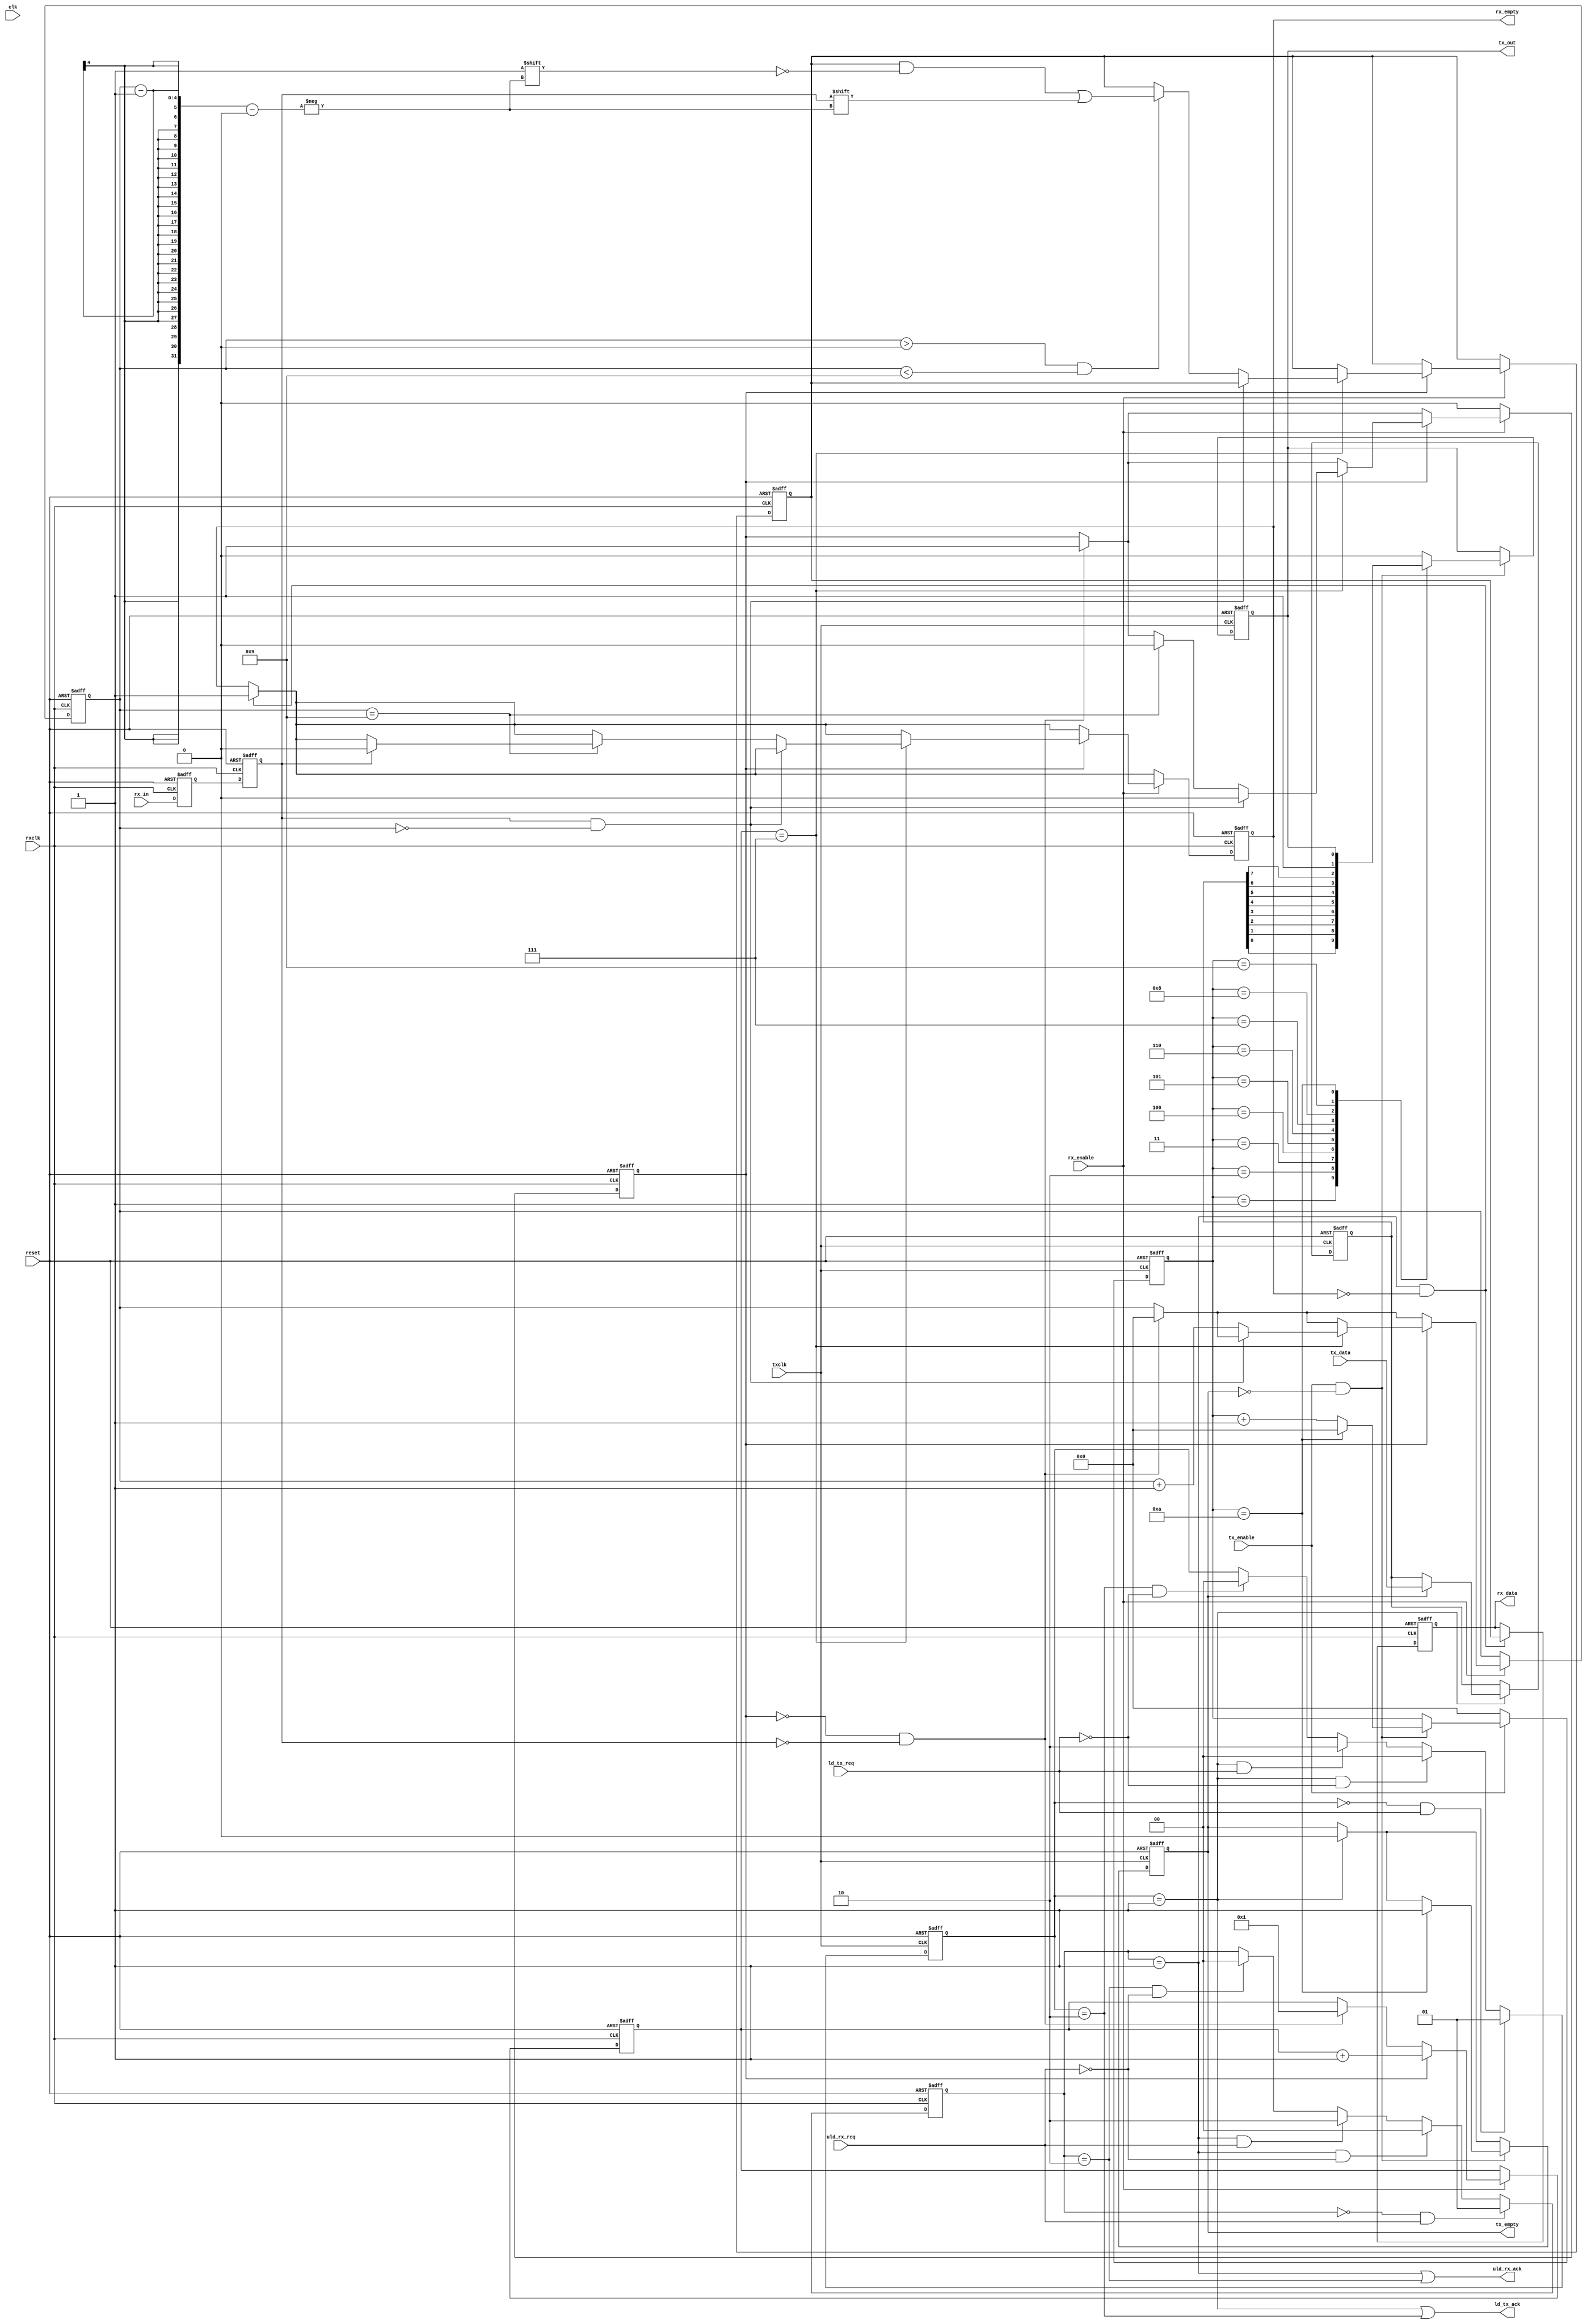
`ifndef fake_uart
// uart.v
// simple low speed async uart for RS-232
// brad@heeltoe.com 2009

module uart(clk, reset,
	    txclk, ld_tx_req, ld_tx_ack, tx_data, tx_enable, tx_out, tx_empty,
	    rxclk, uld_rx_req, uld_rx_ack, rx_data, rx_enable, rx_in, rx_empty);
   
   input        clk;
   input        reset;
   input        txclk;
   input        ld_tx_req;
   output 	ld_tx_ack;
   input [7:0] 	tx_data;
   input        tx_enable;
   output       tx_out;
   output       tx_empty;
   input        rxclk;
   input        uld_rx_req;
   output 	uld_rx_ack;
   output [7:0] rx_data;
   input        rx_enable;
   input        rx_in;
   output       rx_empty;

   reg [7:0] 	tx_reg;
   reg          tx_empty;
   reg          tx_over_run;
   reg [3:0] 	tx_cnt;
   reg          tx_out;
   reg [7:0] 	rx_reg;
   reg [7:0] 	rx_data;
   reg [3:0] 	rx_sample_cnt;
   reg [3:0] 	rx_cnt;  
   reg          rx_frame_err;
   reg          rx_over_run;
   reg          rx_empty;
   reg          rx_d1;
   reg          rx_d2;
   reg          rx_busy;

   //
   reg [1:0]	rx_uld;
   wire [1:0] 	rx_uld_next;
   wire 	uld_rx_data;
   
   reg [1:0]	tx_ld;
   wire [1:0] 	tx_ld_next;
   wire 	ld_tx_data;

   // require uld_rx_req to deassert before sending next char
   always @(posedge rxclk or posedge reset)
     if (reset)
       rx_uld <= 2'b00;
     else
       rx_uld <= rx_uld_next;

   assign rx_uld_next =
		      (rx_uld == 0 && uld_rx_req) ? 1 :
		      (rx_uld == 1 && ~uld_rx_req) ? 0 :
		      (rx_uld == 1 && uld_rx_req) ? 2 :
		      (rx_uld == 2 && ~uld_rx_req) ? 0 :
		       rx_uld;

   assign uld_rx_ack = (rx_uld == 1) || (rx_uld == 2);
   assign uld_rx_data = (rx_uld == 1);
   
   // require tx_ld_req to deassert before accepting next char
   always @(posedge txclk or posedge reset)
     if (reset)
       tx_ld <= 2'b00;
     else
       tx_ld <= tx_ld_next;

   assign tx_ld_next =
		      (tx_ld == 0 && ld_tx_req) ? 1 :
		      (tx_ld == 1 && ~ld_tx_req) ? 0 : /* only load once */
		      (tx_ld == 1 && ld_tx_req) ? 2 :
		      (tx_ld == 2 && ~ld_tx_req) ? 0 :
		      tx_ld;

   assign ld_tx_ack = (tx_ld == 1) || (tx_ld == 2);
   assign ld_tx_data = (tx_ld == 1);
   
   
   // uart rx
   always @(posedge rxclk or posedge reset)
     if (reset)
       begin
	  rx_reg <= 0; 
	  rx_data <= 0;
	  rx_sample_cnt <= 0;
	  rx_cnt <= 0;
	  rx_frame_err <= 0;
	  rx_over_run <= 0;
	  rx_empty <= 1;
	  rx_d1 <= 1;
	  rx_d2 <= 1;
	  rx_busy <= 0;
       end
     else
       begin
	  // synchronize the asynch signal
	  rx_d1 <= rx_in;
	  rx_d2 <= rx_d1;

	  // uload the rx data
	  if (uld_rx_data && ~rx_empty)
	    begin
	       rx_data <= rx_reg;
	       rx_empty <= 1;
	  end

	  // receive data only when rx is enabled
	  if (rx_enable)
	    begin
	       // check if just received start of frame
	       if (!rx_busy && !rx_d2)
		 begin
		    rx_busy <= 1;
		    rx_sample_cnt <= 1;
		    rx_cnt <= 0;
		 end
	       
	       // start of frame detected
	       if (rx_busy)
		 begin
		    rx_sample_cnt <= rx_sample_cnt + 4'd1;
		    
		    // sample at middle of data
		    if (rx_sample_cnt == 7)
		      begin
			 if ((rx_d2 == 1) && (rx_cnt == 0))
			   rx_busy <= 0;
			 else
			   begin
			      rx_cnt <= rx_cnt + 4'd1; 

			      // start storing the rx data
			      if (rx_cnt > 0 && rx_cnt < 9)
				   rx_reg[rx_cnt - 1] <= rx_d2;

			      if (rx_cnt == 4'd9)
				begin
				   //$display("rx_cnt %d, rx_reg %o",
				   //  rx_cnt, rx_reg);
				   
				   rx_busy <= 0;

				   // check if end of frame received correctly
				   if (rx_d2 == 0)
				     rx_frame_err <= 1;
				   else
				     begin
					rx_empty <= 0;
					rx_frame_err <= 0;

					// check for overrun
					rx_over_run <= (rx_empty) ?
							 1'b0 : 1'b1;
				     end
				end
			   end
		      end 
		 end 
	    end

	  if (!rx_enable)
	    rx_busy <= 0;
       end

    // uart tx
    always @ (posedge txclk or posedge reset)
      if (reset)
	begin
	   tx_empty <= 1'b1;
	   tx_out <= 1'b1;
	   tx_cnt <= 4'b0;

	   tx_reg <= 0;
	   tx_over_run <= 0;
	end
      else
	begin
   	   if (ld_tx_data)
	     begin
		if (!tx_empty)
		  tx_over_run <= 1;
		else
		  begin
		     tx_reg <= tx_data;
		     tx_empty <= 0;
		  end
	     end

	  if (tx_enable && !tx_empty)
	    begin
	       tx_cnt <= tx_cnt + 4'b1;

	       case (tx_cnt)
		 4'd0: tx_out <= 0;
		 4'd1: tx_out <= tx_reg[0];
		 4'd2: tx_out <= tx_reg[1];
		 4'd3: tx_out <= tx_reg[2];
		 4'd4: tx_out <= tx_reg[3];
		 4'd5: tx_out <= tx_reg[4];
		 4'd6: tx_out <= tx_reg[5];
		 4'd7: tx_out <= tx_reg[6];
		 4'd8: tx_out <= tx_reg[7];
		 4'd9: tx_out <= 1;
		 4'd10:
		   begin
		      tx_cnt <= 0;
		      tx_empty <= 1;
		   end
		 default: tx_out <= 0;
	       endcase
	    end

	  if (!tx_enable)
	    tx_cnt <= 0;
	end
   
endmodule

`else // !`ifndef fake_uart

module uart(clk, reset,
	    txclk, ld_tx_req, ld_tx_ack, tx_data, tx_enable, tx_out, tx_empty,
	    rxclk, uld_rx_req, uld_rx_ack, rx_data, rx_enable, rx_in, rx_empty);
   
   input        clk;
   input        reset;
   input        txclk;
   input        ld_tx_req;
   output 	ld_tx_ack;
   input [7:0] 	tx_data;
   input        tx_enable;
   output       tx_out;
   output       tx_empty;
   input        rxclk;
   input        uld_rx_req;
   output 	uld_rx_ack;
   output [7:0] rx_data;
   input        rx_enable;
   input        rx_in;
   output       rx_empty;

   reg [7:0] 	rx_data;
   reg 		rx_empty;
   
   //
   integer 	tx_count;
   integer 	tx_ptr;
   integer 	tx_list[10:0];

   assign 	tx_empty = 0;

   initial
     begin
	rx_empty = 1;

	#2000;
	
//`define test_halt
//`define test_step
`define test_get

`ifdef test_halt
	tx_ptr = 0;
	tx_count = 5;
	tx_list[0] = 8'h30;
	tx_list[1] = 8'h40;
	tx_list[2] = 8'h50;
	tx_list[3] = 8'h60;
	tx_list[4] = 8'h93;
	rx_empty = 0;
	#110000;
	tx_ptr = 0;
	tx_count = 5;
	tx_list[0] = 8'h30;
	tx_list[1] = 8'h40;
	tx_list[2] = 8'h50;
	tx_list[3] = 8'h61;
	tx_list[4] = 8'h93;
	rx_empty = 0;
	#110000;
`endif
`ifdef test_get
	tx_ptr = 0;
	tx_count = 1;
	tx_list[0] = 8'h80;
	rx_empty = 0;
	#1250000;
`endif
`ifdef test_step
	tx_ptr = 0;
	tx_count = 5;
	tx_list[0] = 8'h30;
	tx_list[1] = 8'h40;
	tx_list[2] = 8'h50;
	tx_list[3] = 8'h62;
	tx_list[4] = 8'h93;
	rx_empty = 0;

	#110000;
	tx_ptr = 0;
	tx_count = 5;
	tx_list[0] = 8'h30;
	tx_list[1] = 8'h40;
	tx_list[2] = 8'h50;
	tx_list[3] = 8'h60;
	tx_list[4] = 8'h93;
	rx_empty = 0;

	#110000;
	tx_ptr = 0;
	tx_count = 5;
	tx_list[0] = 8'h30;
	tx_list[1] = 8'h40;
	tx_list[2] = 8'h50;
	tx_list[3] = 8'h62;
	tx_list[4] = 8'h93;
	rx_empty = 0;

	#110000;
	tx_ptr = 0;
	tx_count = 5;
	tx_list[0] = 8'h30;
	tx_list[1] = 8'h40;
	tx_list[2] = 8'h50;
	tx_list[3] = 8'h60;
	tx_list[4] = 8'h93;
	rx_empty = 0;
`endif 	

	#120000;
	$finish;
     end

   reg [1:0]	rx_uld;
   wire [1:0] 	rx_uld_next;
   wire 	uld_rx_data;
   
   reg [1:0]	tx_ld;
   wire [1:0] 	tx_ld_next;
   wire 	ld_tx_data;

   // require uld_rx_req to deassert before sending next char
   always @(posedge rxclk or posedge reset)
     if (reset)
       rx_uld <= 2'b00;
     else
       rx_uld <= rx_uld_next;

   assign rx_uld_next =
		      (rx_uld == 0 && uld_rx_req) ? 1 :
		      (rx_uld == 1) ? 2 :
		      (rx_uld == 2 && ~uld_rx_req) ? 0 :
		       rx_uld;

   assign uld_rx_ack = (rx_uld == 1) || (rx_uld == 2);
   assign uld_rx_data = (rx_uld == 1);

   always @(posedge rxclk)
     if (rx_uld == 1)
       begin
	  if (tx_count > 0)
	    begin
	       rx_data = tx_list[tx_ptr];
	       $display("fake_uart: jam %x, count %d", tx_list[tx_ptr], tx_count);
	    end
	  else
	    begin
	       rx_data = 0;
	    end
       end // if (rx_uld == 1)
   
   always @(posedge rxclk)
     if (rx_uld == 2 && ~uld_rx_req)
       begin
	  tx_ptr = tx_ptr + 1;
	  tx_count = tx_count - 1;
	  if (tx_count == 0)
	    rx_empty = 1;
       end
   
   // require tx_ld_req to deassert before accepting next char
   always @(posedge txclk or posedge reset)
     if (reset)
       tx_ld <= 2'b00;
     else
       tx_ld <= tx_ld_next;

   assign tx_ld_next =
		      (tx_ld == 0 && ld_tx_req) ? 1 :
		      (tx_ld == 1 && ~ld_tx_req) ? 0 :
//		      (tx_ld == 1) ? 2 :
//		      (tx_ld == 2 && ~ld_tx_req) ? 0 :
		      tx_ld;

   assign ld_tx_ack = (tx_ld == 1) || (tx_ld == 2);
   assign ld_tx_data = (tx_ld == 1);

   always @(posedge txclk)
     if (tx_ld == 1)
       $display("fake_uart: send %x", tx_data);
   
endmodule

`endif // !`ifndef fake_uart